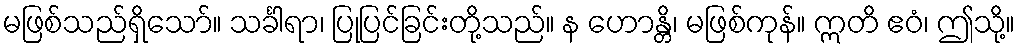
မဖြစ်သည်ရှိသော်။ သင်္ခါရာ၊ ပြုပြင်ခြင်းတို့သည်။ န ဟောန္တိ၊ မဖြစ်ကုန်။ ဣတိ ဧဝံ၊ ဤသို့။